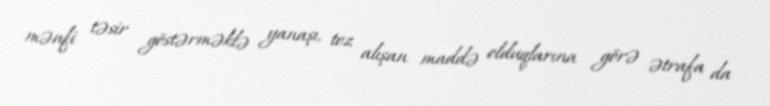
mənfi təsir göstərməklə yanaşı, tez alışan maddə olduqlarına görə ətrafa da